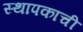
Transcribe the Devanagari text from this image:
स्थापकाची